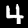
Digit: 4